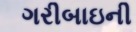
ગરીબાઇની